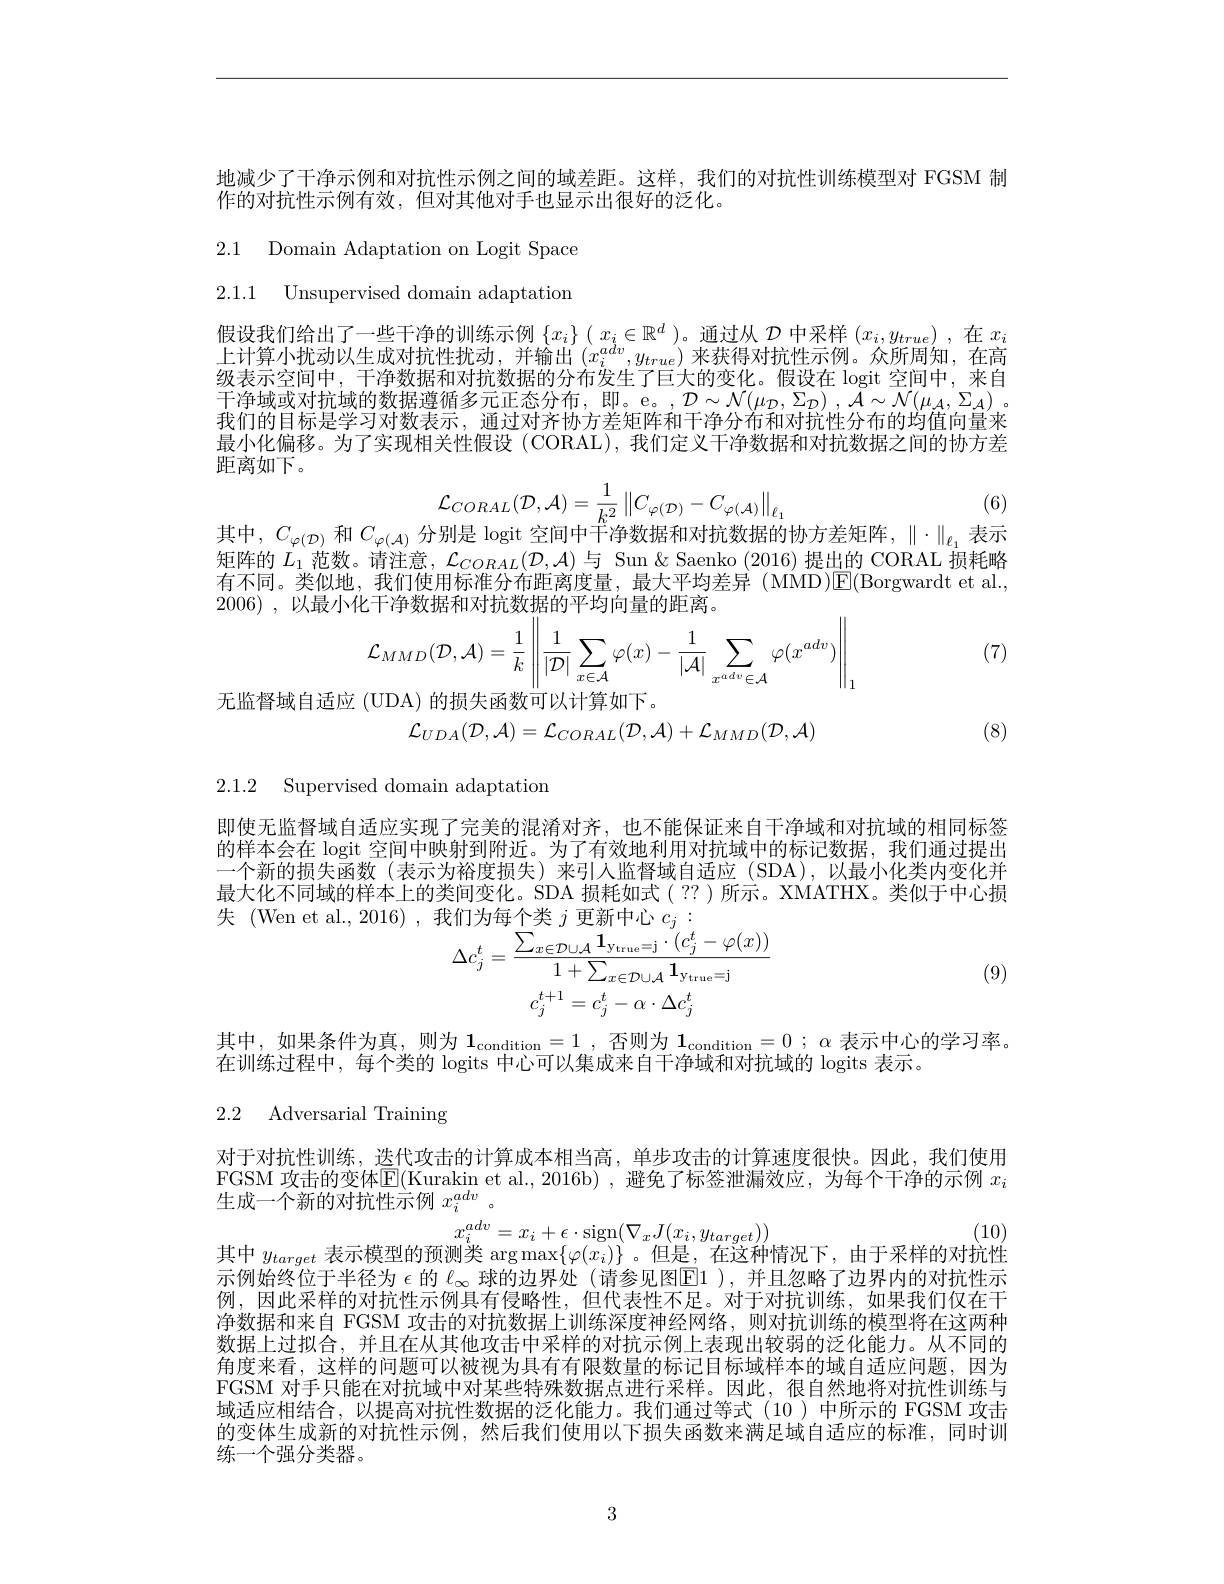
地减少了干净示例和对抗性示例之间的域差距。这样，我们的对抗性训练模型对 FGSM 制
作的对抗性示例有效，但对其他对手也显示出很好的泛化。

2.1 Domain Adaptation on Logit Space 2.1.1 Unsupervised domain adaptation

$\begin{array}{c}\text{假设我们给出了一些干净的训练示例}\left\{x_i\right\}\left(x_i\in\mathbb{R}^d\right)\text{。通过从 }\mathcal{D}\text{ 中采样 }(x_i,y_{true}),\text{在 }x_i\\\text{上计算小扰动以生成对抗性扰动，并输出 }(x_i^{adv},y_{true})\text{ 来获得对抗性示例。众所周知，在高}\end{array}$ 级表示空间中，干净数据和对抗数据的分布发生了巨大的变化。假设在 logit 空间中，来自干净域或对抗域的数据遵循多元正态分布，即。e。,$\mathcal{D} \sim \mathcal{N} ( \mu _{\mathcal{D} }, \Sigma _{\mathcal{D} })$ $, \bar{\mathcal{A} } \sim \mathcal{N} ( \mu _{\mathcal{A} }, \Sigma _{\mathcal{A} })$ . 我们的目标是学习对数表示，通过对齐协方差矩阵和干净分布和对抗性分布的均值向量来最小化偏移。为了实现相关性假设 (CORAL), 我们定义干净数据和对抗数据之间的协方差距离如下。
$$\mathcal{L}_{CORAL}(\mathcal{D},\mathcal{A})=\frac{1}{k^{2}}\left\|C_{\varphi(\mathcal{D})}-C_{\varphi(\mathcal{A})}\right\|_{\ell_{1}}$$
其中，$C_\varphi(\mathcal{D})$和$C_\varphi(\mathcal{A})$分别是 logit 空间中$\overset{n}{\operatorname*{\operatorname*{\text{于净数据和对抗数据的协方差矩阵，}}}}\parallel\cdot\parallel_{\ell_1}$表示

(6)

矩阵的$L_1$范数。请注意，$\mathcal{L}_CORAL(\mathcal{D},\mathcal{A})$与 Sun & Saenko (2016) 提出的 CORAL 损耗略有不同。类似地，我们使用标准分布距离度量，最大平均差异(MMD)$\mathsf{E}($Borgwardt et al., 2006) ,以最小化干净数据和对抗数据的平均向量的距离。
$$\begin{aligned}&\text{七|中数]的}\\&\mathcal{L}_{MMD}(\mathcal{D},\mathcal{A})=\frac{1}{k}\left\|\frac{1}{|\mathcal{D}|}\sum_{x\in\mathcal{A}}\varphi(x)-\frac{1}{|\mathcal{A}|}\sum_{x^{adv}\in\mathcal{A}}\varphi(x^{adv})\right\|_{1}\\&\mathcal{L}_{MND}(\mathcal{D},\mathcal{A})=\frac{1}{k}\left\|\frac{1}{|\mathcal{D}|}\sum_{x\in\mathcal{A}}\varphi(x)-\frac{1}{|\mathcal{A}|}\sum_{x^{adv}\in\mathcal{A}}\varphi(x^{adv})\right\|_{1}\end{aligned}$$
(7)

无监督域自适应 (UDA) 的损失函数可以计算如下。
$$\mathcal{L}_{UDA}(\mathcal{D},\mathcal{A})=\mathcal{L}_{CORAL}(\mathcal{D},\mathcal{A})+\mathcal{L}_{MMD}(\mathcal{D},\mathcal{A})$$
(8)

2.1.2 Supervised domain adaptation

即使无监督域自适应实现了完美的混淆对齐，也不能保证来自干净域和对抗域的相同标签的样本会在 logit 空间中映射到附近。为了有效地利用对抗域中的标记数据，我们通过提出一个新的损失函数(表示为裕度损失)来引入监督域自适应 (SDA),以最小化类内变化并最大化不同域的样本上的类间变化。SDA 损耗如式(??)所示。XMATHX。类似于中心损
$$\Delta c_{j}^{t}=\frac{\sum_{x\in\mathcal{D}\cup\mathcal{A}}\mathbf{1}_{\mathrm{ytrue}}=\mathrm{j}}{1+\sum_{x\in\mathcal{D}\cup\mathcal{A}}\mathbf{1}_{\mathrm{ytrue}}=\mathrm{j}}\\c_{j}^{t+1}=c_{j}^{t}-\alpha\cdot\Delta c_{j}^{t}$$
(9)

$\begin{array}{l}\text{其中，如果条件为真，则为 }\mathbf{1}_{\mathrm{condition}}=1,\text{ 否则为 }\mathbf{1}_{\mathrm{condition}}=0;\alpha\text{ 表示中心的学习率}\\\text{在训练过程中，每个类的 logits 中心可以集成来自干净域和对抗域的 logits 表示。}\end{array}$

2.2 Adversarial Training

对于对抗性训练，迭代攻击的计算成本相当高，单步攻击的计算速度很快。因此，我们使用FGSM 攻击的变体$\boxed{\mathrm{E}}($Kurakin et al.,2016b) ,避免了标签泄漏效应，为每个干净的示例 $x_i$ 生成一个新的对抗性示例$x_i^{adv}$ 。
$x_{i}^{adv}=x_{i}+\epsilon\cdot$sign$(\nabla_xJ(x_{i},y_{target}))$
(10)

其中$y_target$表示模型的预测类$\arg\max\{\varphi(x_i)\}$ 。但是，在这种情况下，由于采样的对抗性

示例始终位于半径为$\epsilon$的$\ell_\infty$球的边界处 (请参见图$\overline{\mathrm{E}}1$ ),并且忽略了边界内的对抗性示例，因此采样的对抗性示例具有侵略性，但代表性不足。对于对抗训练，如果我们仅在干净数据和来自 FGSM 攻击的对抗数据上训练深度神经网络，则对抗训练的模型将在这两种数据上过拟合，并且在从其他攻击中采样的对抗示例上表现出较弱的泛化能力。从不同的角度来看，这样的问题可以被视为具有有限数量的标记目标域样本的域自适应问题，因为FGSM 对手只能在对抗域中对某些特殊数据点进行采样。因此，很自然地将对抗性训练与域适应相结合，以提高对抗性数据的泛化能力。我们通过等式(10)中所示的 FGSM 攻击的变体生成新的对抗性示例，然后我们使用以下损失函数来满足域自适应的标准，同时训练一个强分类器。

3